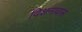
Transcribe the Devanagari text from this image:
विशनावास